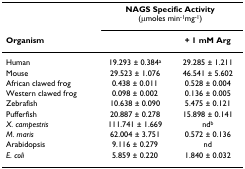
|  | <COLSPAN=2> NAGS Specific Activity (μmoles min-1mg-1) |
 | Organism |  | + 1 mM Arg |
 | --- | --- | --- |
 | Human | 19.293 ± 0.384a | 29.285 ± 1.211 |
 | Mouse | 29.523 ± 1.076 | 46.541 ± 5.602 |
 | African clawed frog | 0.438 ± 0.011 | 0.528 ± 0.004 |
 | Western clawed frog | 0.098 ± 0.002 | 0.136 ± 0.005 |
 | Zebrafish | 10.638 ± 0.090 | 5.475 ± 0.121 |
 | Pufferfish | 20.887 ± 0.278 | 15.898 ± 0.141 |
 | X. campestris | 111.741 ± 1.669 | ndb |
 | M. maris | 62.004 ± 3.751 | 0.572 ± 0.136 |
 | Arabidopsis | 9.116 ± 0.279 | nd |
 | E. coli | 5.859 ± 0.220 | 1.840 ± 0.032 |